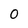
Character: 0